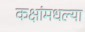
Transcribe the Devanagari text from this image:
कक्षांमधल्या